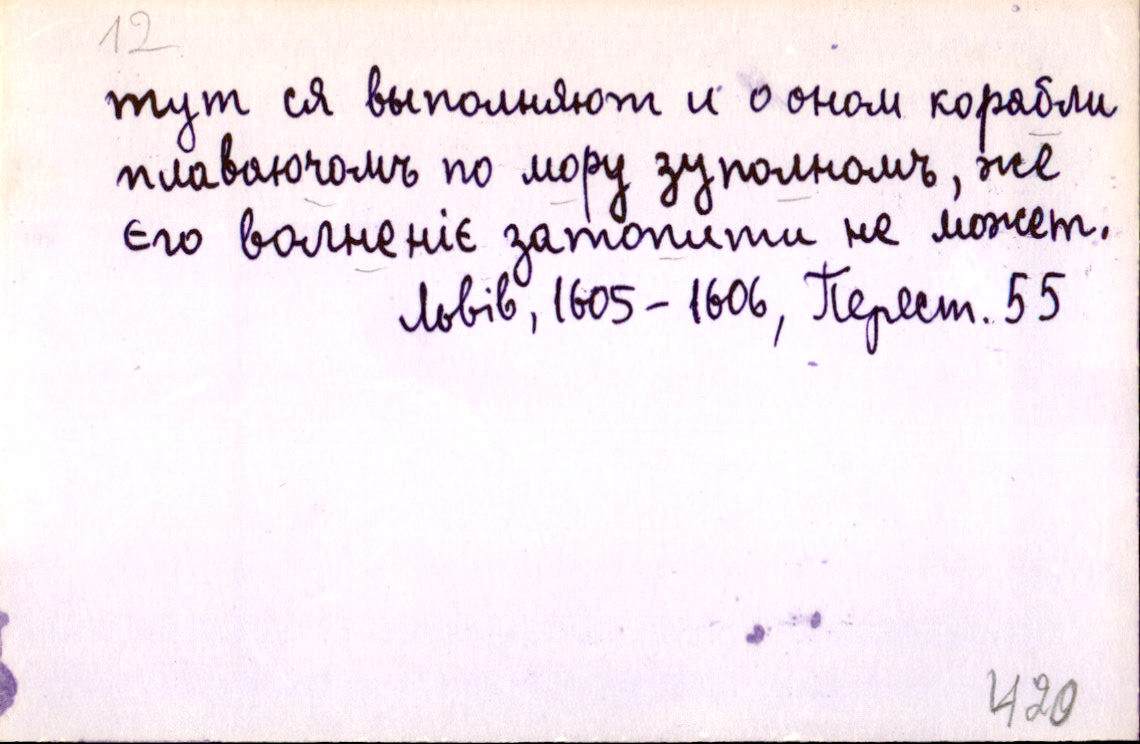
тут ся выполняют и о оном корабли
плаваючомъ по мору зуполномъ, же
єго волненіє затопити не может.
Львів, 1605-1606, Перест. 55